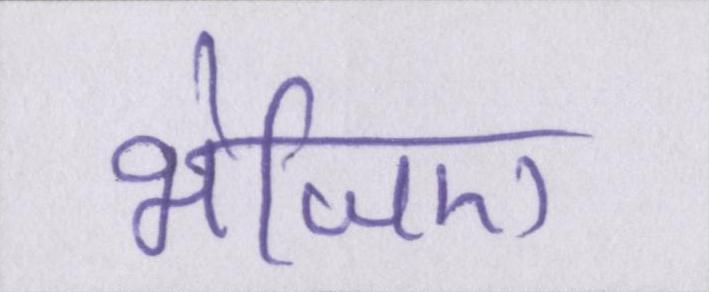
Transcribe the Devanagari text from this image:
भेजिए